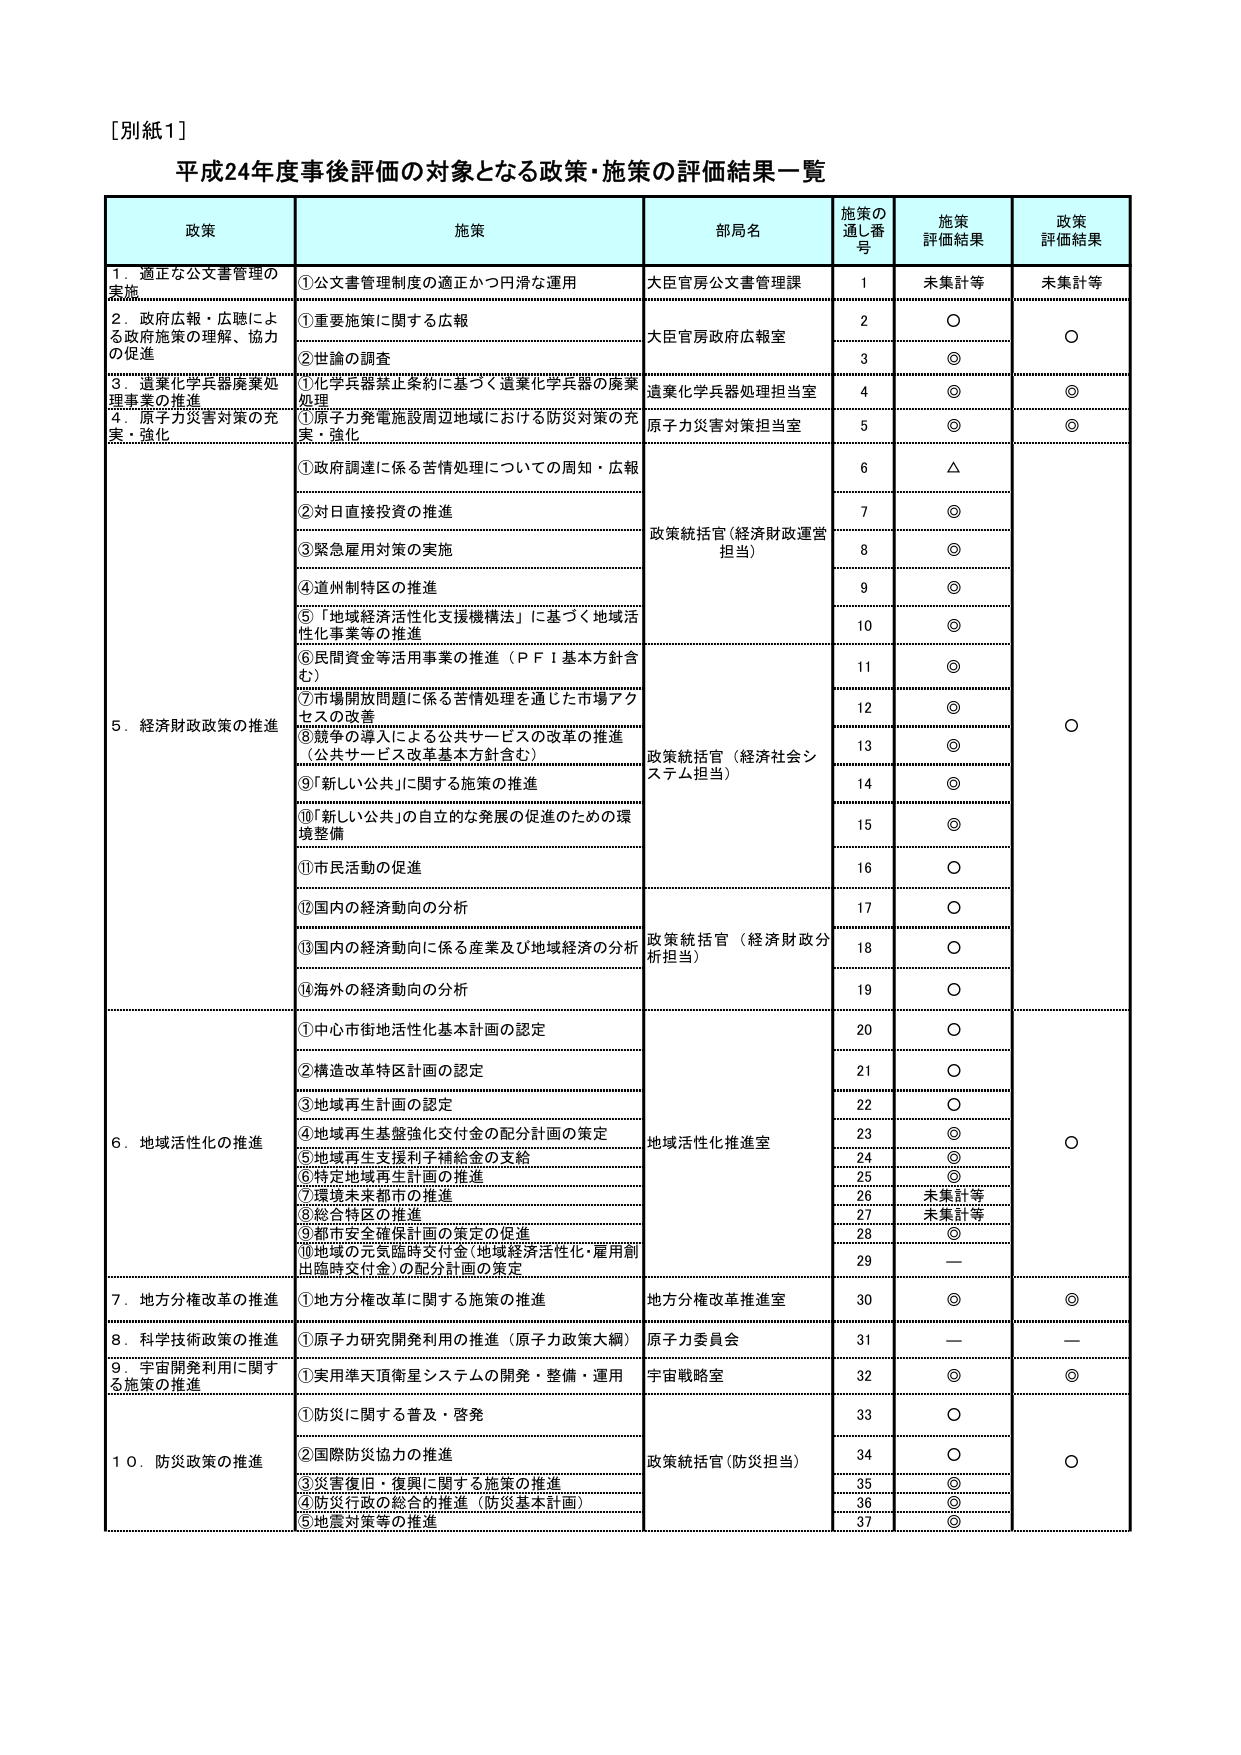
[別紙1]

平成24年度事後評価の対象となる政策・施策の評価結果一覧

政策 施策 部局名 施策の通し番号 施策評価結果 政策評価結果

1．適正な公文書管理の実施 ①公文書管理制度の適正かつ円滑な運用 大臣官房公文書管理課 1 未集計等 未集計等

2．政府広報・広聴による政府施策の理解・協力の促進 ①重要施策に関する広報 大臣官房政府広報室 2 ○ ○

②世論の調査 3 ◎

3．遺棄化学兵器廃棄処理事業の推進 ①化学兵器禁止条約に基づく遺棄化学兵器の廃棄処理 遺棄化学兵器処理担当室 4 ◎ ◎

4．原子力災害対策の充実・強化 ①原子力発電施設周辺地域における防災対策の充実・強化 原子力災害対策担当室 5 ◎ ◎

5．経済財政政策の推進 ①政府調達に係る苦情処理についての周知・広報 政策統括官（経済財政運営担当） 6 △

②対日直接投資の推進 7 ◎

③緊急雇用対策の実施 8 ◎

④道州制特区の推進 9 ◎

⑤「地域経済活性化支援機構法」に基づく地域活性化事業等の推進 10 ◎

⑥民間資金等活用事業の推進（ＰＦＩ基本方針含む） 11 ◎

⑦市場開放問題に係る苦情処理を適した市場アクセスの改善 12 ◎

⑧競争の導入による公共サービスの改革の推進（公共サービス改革基本方針含む） 政策統括官（経済社会システム担当） 13 ◎

⑨「新しい公共」に関する施策の推進 14 ◎

⑩「新しい公共」の自立的な発展の促進のための環境整備 15 ◎

⑪市民活動の促進 16 ○

⑫国内の経済動向の分析 17 ○

⑬国内の経済動向に係る産業及び地域経済の分析 政策統括官（経済財政分析担当） 18 ○

⑭海外の経済動向の分析 19 ○

6．地域活性化の推進 ①中心市街地活性化基本計画の認定 地域活性化推進室 20 ○ ○

②構造改革特区計画の認定 21 ○

③地域再生計画の認定 22 ○

④地域再生基盤強化交付金の配分計画の策定 23 ◎

⑤地域再生支援利子補給金の支給 24 ◎

⑥特定地域再生計画の推進 25 ◎

⑦環境未来都市の推進 26 未集計等

⑧総合特区の推進 27 未集計等

⑨都市安全確保計画の策定の促進 28 ◎

⑩地域の元気臨時交付金（地域経済活性化・雇用創出臨時交付金）の配分計画の策定 29 —

7．地方分権改革の推進 ①地方分権改革に関する施策の推進 地方分権改革推進室 30 ◎ ◎

8．科学技術政策の推進 ①原子力研究開発利用の推進（原子力政策大綱） 原子力委員会 31 — —

9．宇宙開発利用に関する施策の推進 ①実用弾道衛星システムの開発・整備・運用 宇宙戦略室 32 ◎ ◎

10．防災政策の推進 ①防災に関する普及・啓発 政策統括官（防災担当） 33 ○ ○

②国際防災協力の推進 34 ○

③災害復旧・復興に関する施策の推進 35 ◎

④防災行政の総合的推進（防災基本計画） 36 ◎

⑤地震対策等の推進 37 ◎